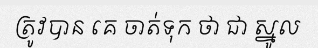
ត្រូវបាន គេ ចាត់ទុក ថា ជា ស្នូល